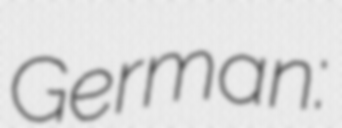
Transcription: German: